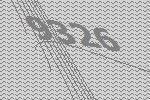
9326